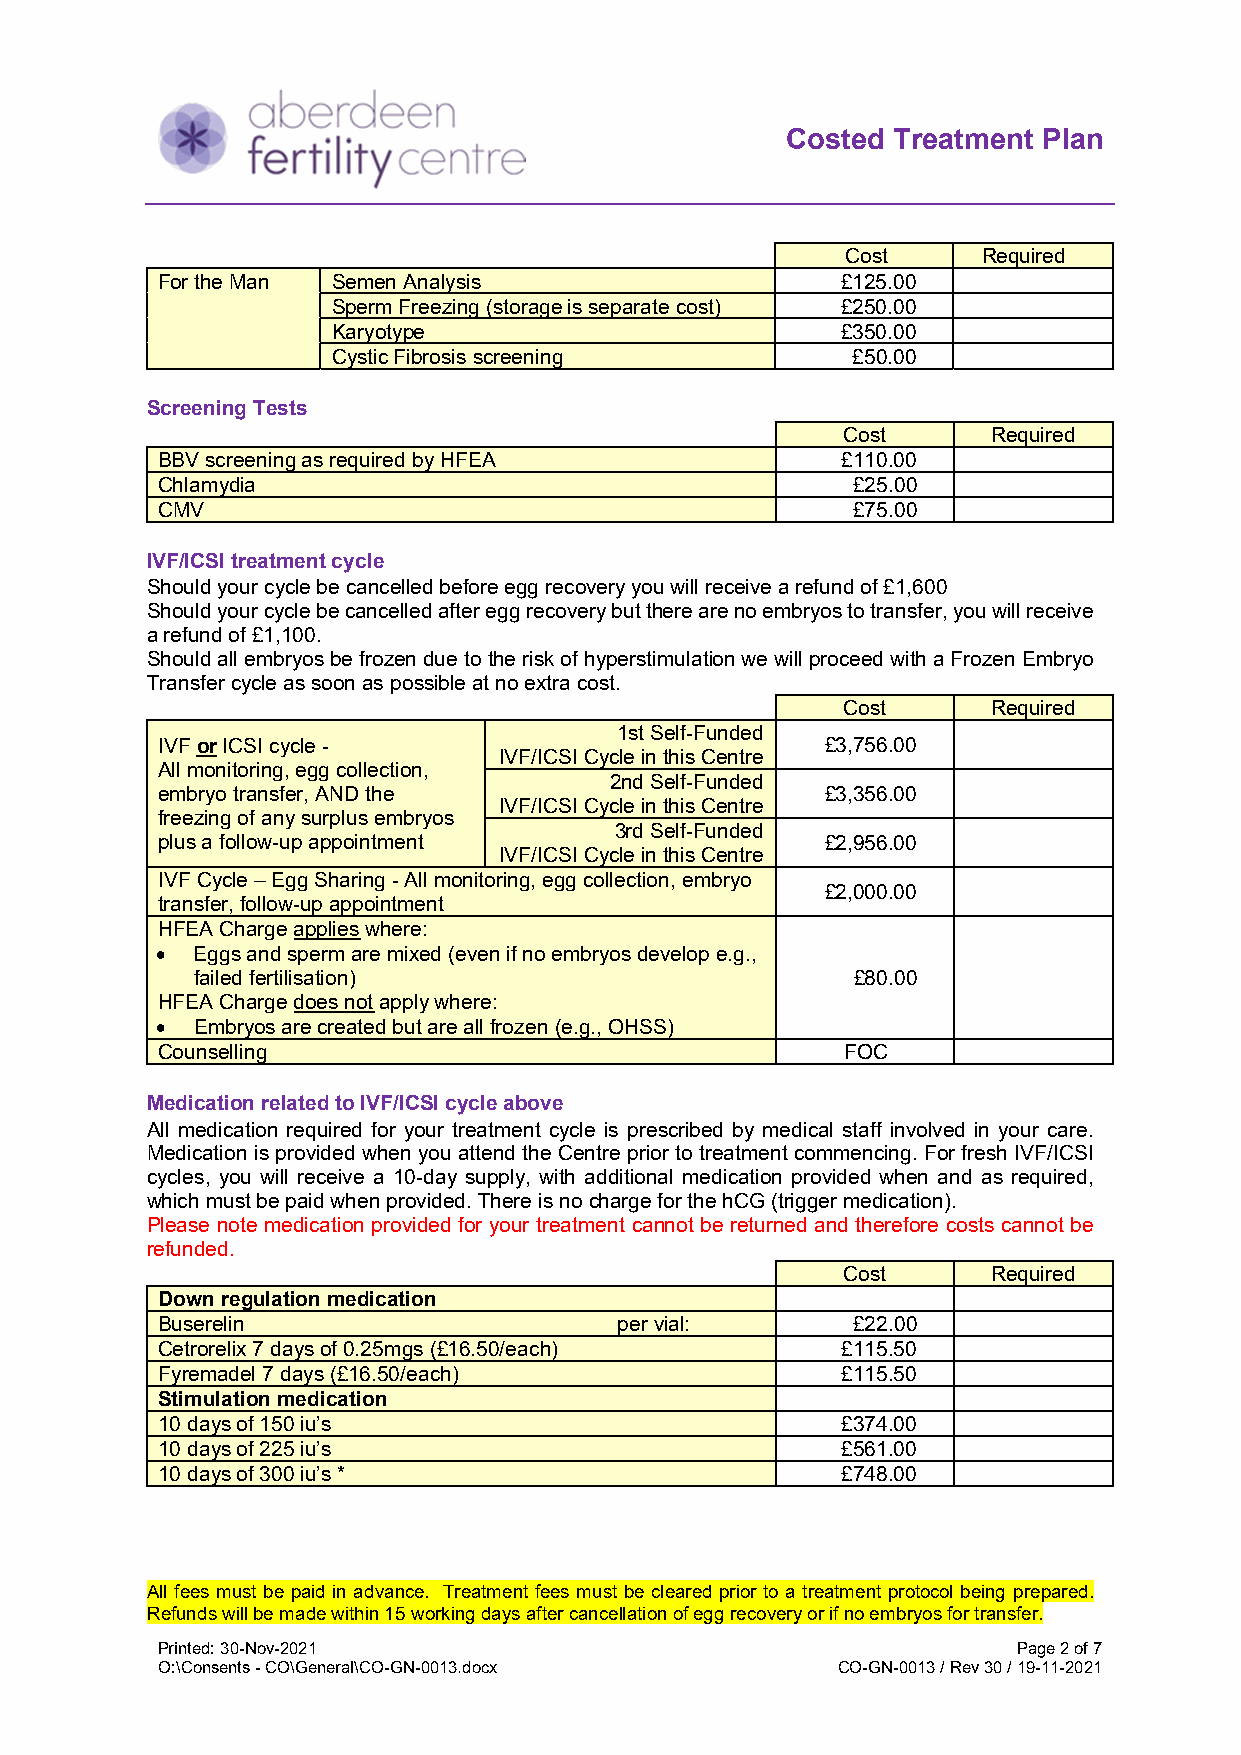
Costed Treatment Plan
 Cost     Required
 For the Man Semen Analysis                    £125.00
 Sperm Freezing (storage is separate cost) £250.00
 Karyotype                         £350.00
 Cystic Fibrosis screening         £50.00
 Screening Tests
 Cost      Required
 BBV screening as required by HFEA             £110.00
 Chlamydia                                     £25.00
 CMV                                           £75.00
 IVF/ICSI treatment cycle
 Should your cycle be cancelled before egg recovery you will receive a refund of £1,600
 Should your cycle be cancelled after egg recovery but there are no embryos to transfer, you will receive
 a refund of £1,100.
 Should all embryos be frozen due to the risk of hyperstimulation we will proceed with a Frozen Embryo
 Transfer cycle as soon as possible at no extra cost.
 Cost      Required
 1st Self-Funded
 IVF or ICSI cycle -                          £3,756.00
 IVF/ICSI Cycle in this Centre
 All monitoring, egg collection,
 2nd Self-Funded
 embryo transfer, AND the                     £3,356.00
 IVF/ICSI Cycle in this Centre
 freezing of any surplus embryos
 3rd Self-Funded
 plus a follow-up appointment                 £2,956.00
 IVF/ICSI Cycle in this Centre
 IVF Cycle – Egg Sharing - All monitoring, egg collection, embryo
 £2,000.00
 transfer, follow-up appointment
 HFEA Charge applies where:
   Eggs and sperm are mixed (even if no embryos develop e.g.,
 failed fertilisation)                      £80.00
 HFEA Charge does not apply where:
   Embryos are created but are all frozen (e.g., OHSS)
 Counselling                                   FOC
 Medication related to IVF/ICSI cycle above
 All medication required for your treatment cycle is prescribed by medical staff involved in your care.
 Medication is provided when you attend the Centre prior to treatment commencing. For fresh IVF/ICSI
 cycles, you will receive a 10-day supply, with additional medication provided when and as required,
 which must be paid when provided. There is no charge for the hCG (trigger medication).
 Please note medication provided for your treatment cannot be returned and therefore costs cannot be
 refunded.
 Cost      Required
 Down regulation medication
 Buserelin                      per vial:      £22.00
 Cetrorelix 7 days of 0.25mgs (£16.50/each)    £115.50
 Fyremadel 7 days (£16.50/each)                £115.50
 Stimulation medication
 10 days of 150 iu’s                           £374.00
 10 days of 225 iu’s                           £561.00
 10 days of 300 iu’s *                         £748.00
 All fees must be paid in advance. Treatment fees must be cleared prior to a treatment protocol being prepared.
 Refunds will be made within 15 working days after cancellation of egg recovery or if no embryos for transfer.
 Printed: 30-Nov-2021                                     Page 2 of 7
 O:\Consents - CO\General\CO-GN-0013.docx     CO-GN-0013 / Rev 30 / 19-11-2021